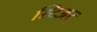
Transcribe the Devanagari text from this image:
स्टिअर